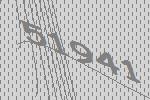
51941